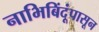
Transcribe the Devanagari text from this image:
नाभिबिंदूंपासून